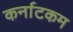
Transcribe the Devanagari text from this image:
कर्नाटकम